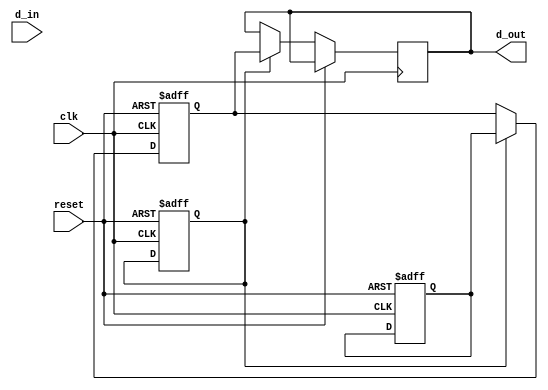
module io_blocks_cmos_buffer (
    input wire clk,
    input wire reset,
    input wire [31:0] d_in,
    output wire [31:0] d_out
);

// Input and output stages
reg [31:0] input_stage;
reg [31:0] output_stage;

// Level shifters
reg [31:0] level_shifter_in;
reg [31:0] level_shifter_out;

// Control logic
reg enable;

// CMOS buffer functionality
always @(posedge clk or posedge reset) begin
    if (reset) begin
        input_stage <= 32'b0;
        output_stage <= 32'b0;
        level_shifter_in <= 32'b0;
        level_shifter_out <= 32'b0;
        enable <= 1'b0;
    end else begin
        input_stage <= d_in;
        if (enable) begin
            output_stage <= level_shifter_out;
            d_out <= output_stage;
        end
        level_shifter_in <= input_stage;
        // Perform level shifting logic here
        
    end
end

// Additional logic for voltage level conversion

endmodule